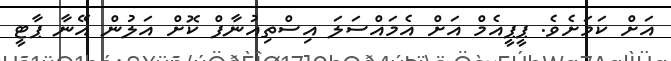
އަށް ކަމަށެވެ. ޕީޕީއެމް އަށް އެމައްސަލަ އިސްތިއުނާފް ކޮށް އަލުން އޭނާ ޕާޓީ